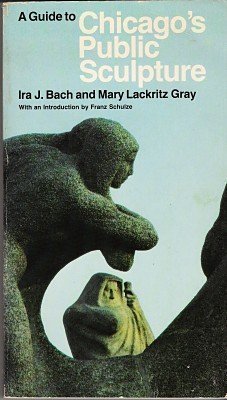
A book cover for A Guide to Chicago's Public Sculpture; Ira J. Bach; Travel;